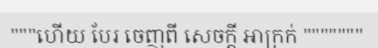
"""ហើយ បែរ ចេញពី សេចក្តី អាក្រក់ """""""